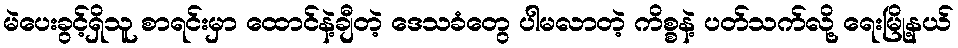
မဲပေးခွင့်ရှိသူ စာရင်းမှာ ထောင်နဲ့ချီတဲ့ ဒေသခံတွေ ပါမလာတဲ့ ကိစ္စနဲ့ ပတ်သက်လို့ ရေးမြို့နယ်